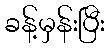
ခန့်မှန်းပြီး